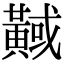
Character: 𪏇